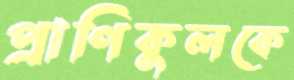
প্রাণিকুলকে